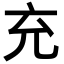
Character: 充